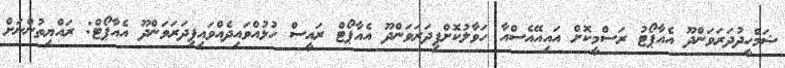
ޝަމްހީދުދަރަވަންދޫ އެއާޕޯޓު ރަސްމީކޮށް އައިއޭއެސްއާ ހަވާލުކޮށްފިދަރަވަންދޫ އެއާޕޯޓް ރައީސް ހުޅުއްވައިދެއްވައިފިދަރަވަންދޫ އެއާޕޯޓް: ރައްޔިތުންނަށް